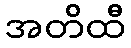
အတိထီ